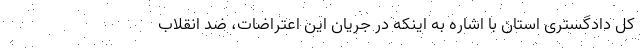
کل دادگستری استان با اشاره به اینکه در جریان این اعتراضات، ضد انقلاب